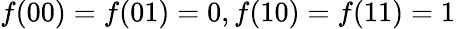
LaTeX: f(00)=f(01)=0,f(10)=f(11)=1